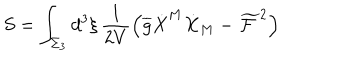
S = \int _ { \Sigma _ { 3 } } d ^ { 3 } \xi \, \frac { 1 } { 2 V } \left( \overline { { { g } } } \dot { X } ^ { M } \dot { X } _ { M } - \widetilde { \mathcal { F } } ^ { 2 } \right)